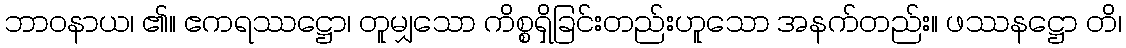
ဘာဝနာယ၊ ၏။ ဧကရဿဋ္ဌော၊ တူမျှသော ကိစ္စရှိခြင်းတည်းဟူသော အနက်တည်း။ ဖဿနဋ္ဌော တိ၊